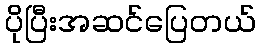
ပိုပြီးအဆင်ပြေတယ်